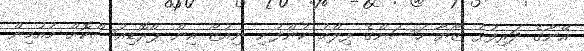
އޭނާގެ ދަރިފުޅު ޒޯޔާ ހަސަންގެ ފިލްމު ކުންފުނި ނިއުޒޯ އިން ޕްރޮޑިއުސްކޮށް މުއުމިން